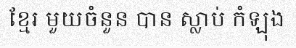
ខ្មែរ មួយចំនួន បាន ស្លាប់ កំឡុង